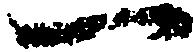
一